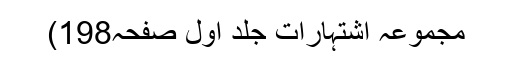
مجموعہ اشتہارات جلد اوّل صفحہ198)